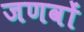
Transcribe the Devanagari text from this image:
जणवों